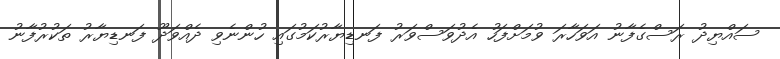
ސައްޔިދު ރަސްގެފާނު އަވަހާރަ ވުމަށްފަހު އެދުވަސްވަރު ފަނޑިޔާރުކަމުގައި ހުންނެވި ދެއްވަދޫ ފަނޑިޔާރު ތަކުރުފާނު